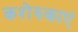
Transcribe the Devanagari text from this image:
कशेरुकाएं